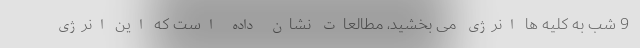
9 شب به کلیه ها انرژی می بخشید، مطالعات نشان داده است که این انرژی